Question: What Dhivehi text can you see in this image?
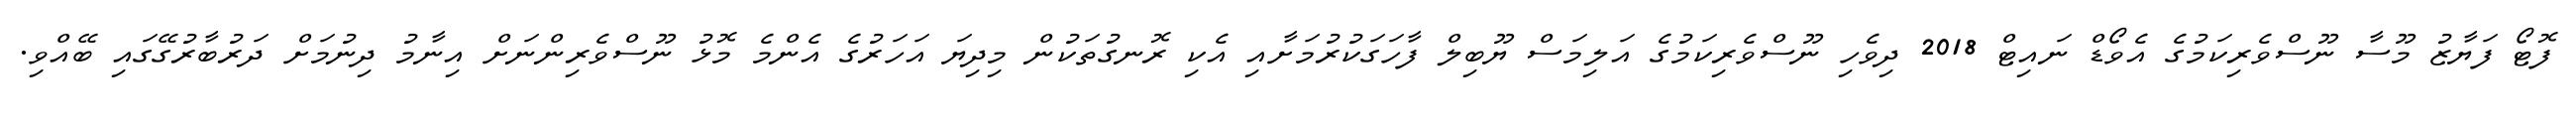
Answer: ފޮޓޯ ފަޔާޒު މޫސާ ނޫސްވެރިކަމުގެ އެވޯޑް ނައިޓް 2018 ދިވެހި ނޫސްވެރިކަމުގެ އަލިމަސް ޔޫބިލް ފާހަގަކުރުމަށާއި އެކި ރޮނގުތަކުން މިދިޔަ އަހަރުގެ އެންމެ މޮޅު ނޫސްވެރިންނަށް އިނާމު ދިނުމަށް ދަރުބާރުގޭގައި ބޭއްވި.